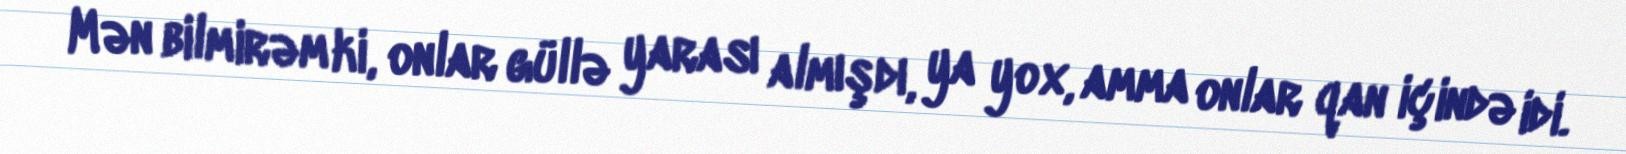
Mən bilmirəm ki, onlar güllə yarası almışdı, ya yox, amma onlar qan içində idi.